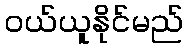
ဝယ်ယူနိုင်မည်